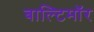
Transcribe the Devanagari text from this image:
बाल्टिमॉर